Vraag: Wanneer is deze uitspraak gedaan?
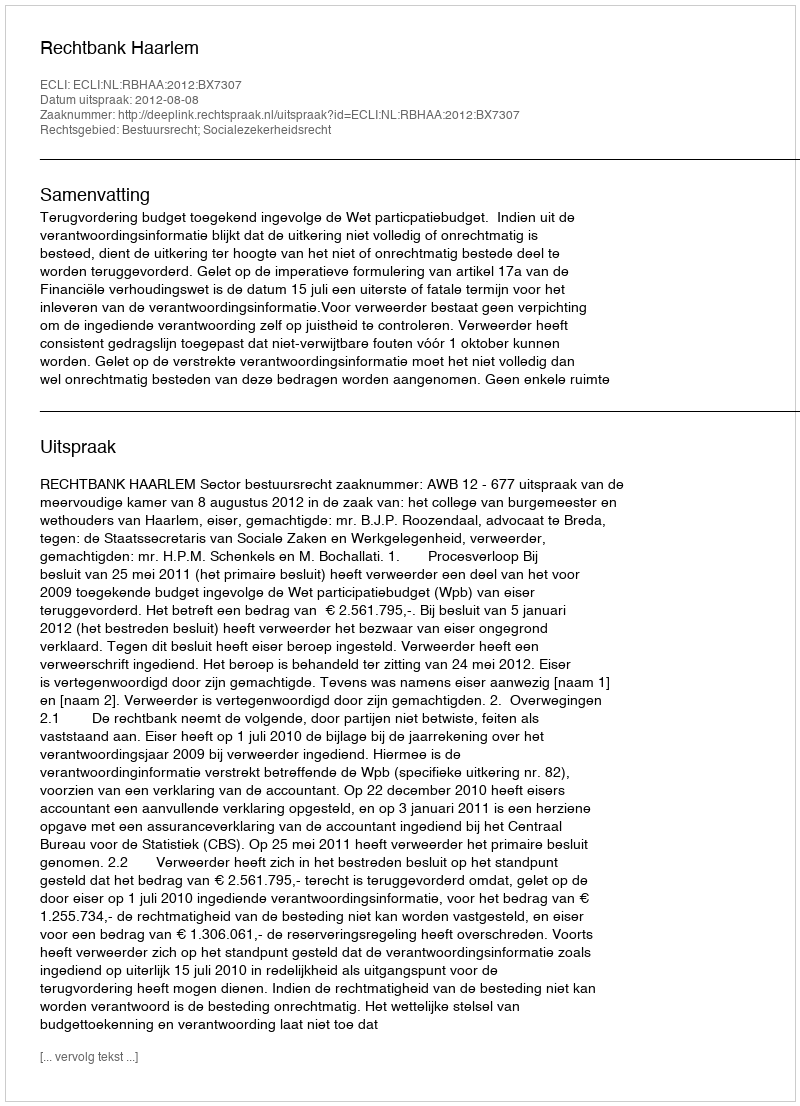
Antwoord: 2012-08-08